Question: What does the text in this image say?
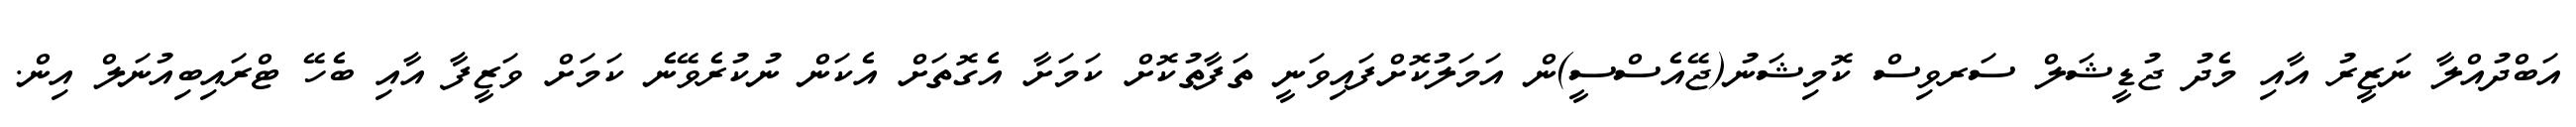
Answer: އަބްދުއްލާ ނަޒީރު އާއި މެދު ޖުޑީޝަލް ސަރވިސް ކޮމިޝަނު(ޖޭއެސްސީ)ން އަމަލުކޮށްފައިވަނީ ތަފާތުކޮށް ކަމަށާ އެގޮތަށް އެކަން ނުކުރެވޭނެ ކަމަށް ވަޒީފާ އާއި ބެހޭ ޓްރައިބިއުނަލް އިން.